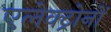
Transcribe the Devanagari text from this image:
एलेक्ट्रोनों